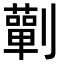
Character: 𭄚